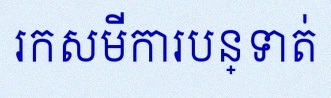
រកសមីការបន្ទាត់